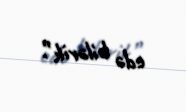
edə bilərik”.